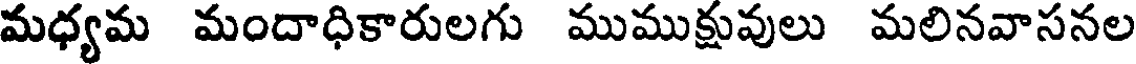
మధ్యమ మందాధికారులగు ముముక్రువులు మలినవాసనల